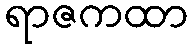
ရာဇကထာ